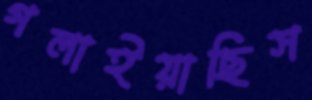
গলাইয়াছিস